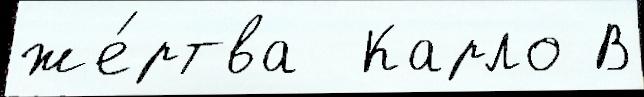
же́ртва  Карло В